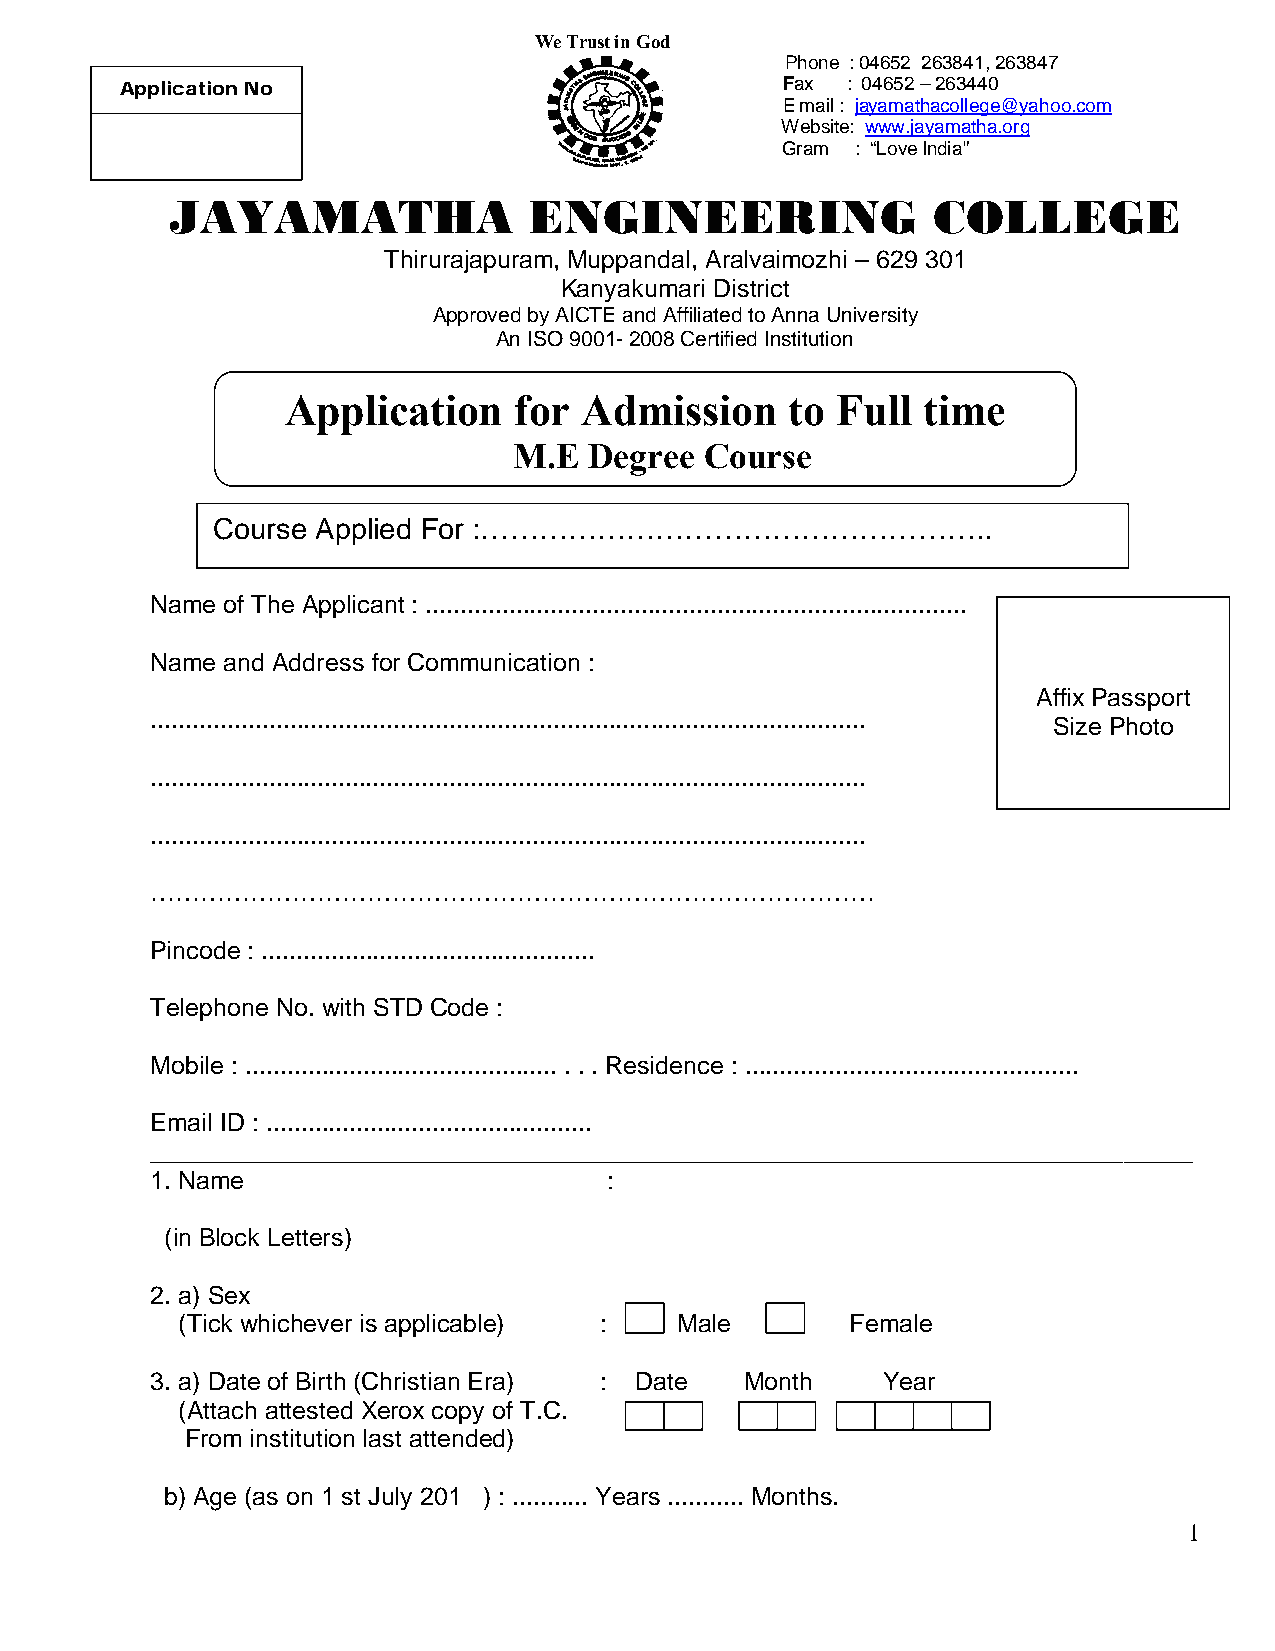
We Trust in God
 Phone : 04652 263841, 263847
 Application No                              Fax : 04652 – 263440
 E mail : jayamathacollege@yahoo.com
 Website: www.jayamatha.org
 Gram : “Love India”
 JAYAMATHA               ENGINEERING                COLLEGE
 Thirurajapuram, Muppandal, Aralvaimozhi – 629 301
 Kanyakumari District
 Approved by AICTE and Affiliated to Anna University
 An ISO 9001- 2008 Certified Institution
 Application    for  Admission    to Full  time
 M.E  Degree  Course
 Course Applied For :……………………………………………..
 Name of The Applicant : ..............................................................................
 Name and Address for Communication :
 Affix Passport
 .......................................................................................................
 Size Photo
 .......................................................................................................
 .......................................................................................................
 ……………………………………………………………………………
 Pincode : ................................................
 Telephone No. with STD Code :
 Mobile : ............................................. . . . Residence : ................................................
 Email ID : ...............................................
 ___________________________________________________________________________
 1. Name                       :
 (in Block Letters)
 2. a) Sex
 (Tick whichever is applicable) : Male       Female
 3. a) Date of Birth (Christian Era) : Date Month Year
 (Attach attested Xerox copy of T.C.
 From institution last attended)
 b) Age (as on 1 st July 201 ) : ........... Years ........... Months.
 1